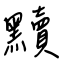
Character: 黷